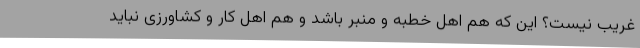
غریب نیست؟ این که هم اهل خطبه و منبر باشد و هم اهل کار و کشاورزی نباید